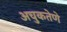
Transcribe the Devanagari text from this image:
अचुकतेणे